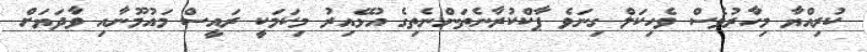
ކުރިއްޔާ މިހާރުވެސް ވެހިކަލް ގިނަވެ ޕާކްކުރާނެތަންނެތިގެ އުޅޭއިރު މިކަމަކީ ރައީސް މައުމޫނާއި ވާދަޔަށް